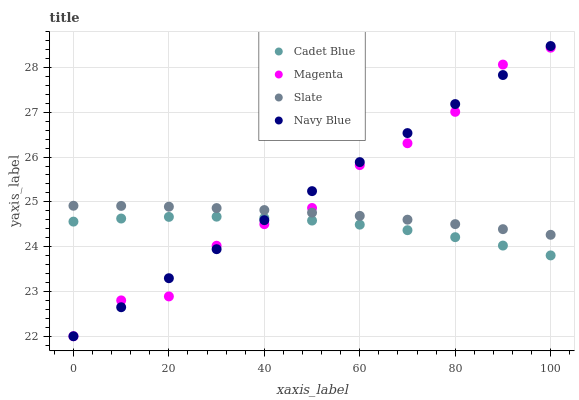
| xaxis_label | Cadet Blue | Magenta | Slate | Navy Blue |
 | --- | --- | --- | --- | --- |
 | 0 | 24.6 | 22 | 24.9 | 22 |
 | 10 | 24.6 | 22.8 | 24.9 | 22.6 |
 | 20 | 24.7 | 22.9 | 24.9 | 23.3 |
 | 30 | 24.7 | 24 | 24.9 | 23.9 |
 | 40 | 24.6 | 24.5 | 24.8 | 24.6 |
 | 50 | 24.6 | 24.9 | 24.8 | 25.2 |
 | 60 | 24.5 | 25.8 | 24.7 | 25.9 |
 | 70 | 24.4 | 26.3 | 24.6 | 26.5 |
 | 80 | 24.2 | 27 | 24.5 | 27.2 |
 | 90 | 24 | 28.1 | 24.4 | 27.8 |
 | 100 | 23.8 | 28.4 | 24.3 | 28.5 |